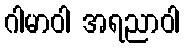
ဂါမာဝါ အရညာဝါ